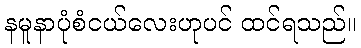
နမူနာပုံစံငယ်လေးဟုပင် ထင်ရသည်။